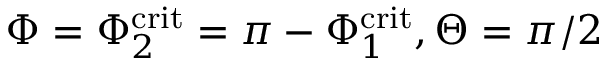
\Phi = \Phi _ { 2 } ^ { \mathrm { c r i t } } = \pi - \Phi _ { 1 } ^ { \mathrm { c r i t } } , \Theta = \pi / 2